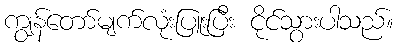
ကျွန်တော်မျက်လုံးပြူးပြီး ငိုင်သွားပါသည်။